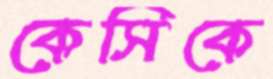
কেসিকে